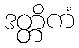
ဒတ္တိကံ